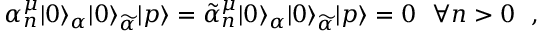
\alpha _ { n } ^ { \mu } | 0 \rangle _ { \alpha } | 0 \rangle _ { \widetilde \alpha } | p \rangle = \tilde { \alpha } _ { n } ^ { \mu } | 0 \rangle _ { \alpha } | 0 \rangle _ { \widetilde \alpha } | p \rangle = 0 ~ ~ \forall n > 0 ~ ~ , ~ ~